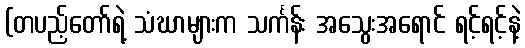
(တပည့်တော်ရဲ့ သံဃာများက သင်္ကန်း အသွေးအရောင် ရင့်ရင့်နဲ့